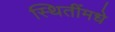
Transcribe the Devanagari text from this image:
स्थितींमधे